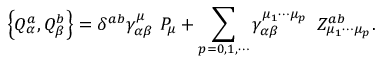
\left\{ Q _ { \alpha } ^ { a } , Q _ { \beta } ^ { b } \right\} = \delta ^ { a b } \gamma _ { \alpha \beta } ^ { \mu } \, \, P _ { \mu } + \sum _ { p = 0 , 1 , \cdots } \gamma _ { \alpha \beta } ^ { \mu _ { 1 } \cdots \mu _ { p } } \, \, \, Z _ { \mu _ { 1 } \cdots \mu _ { p } } ^ { a b } .